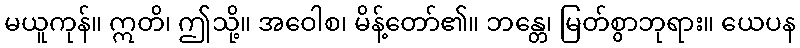
မယူကုန်။ ဣတိ၊ ဤသို့။ အဝေါစ၊ မိန့်တော်၏။ ဘန္တေ၊ မြတ်စွာဘုရား။ ယေပန